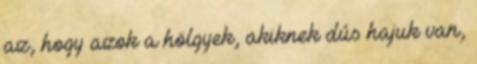
az, hogy azok a hölgyek, akiknek dús hajuk van,